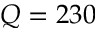
Q = 2 3 0